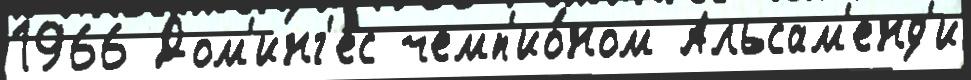
1966 Дом'инг'ес чемп'ио́ном Альсам'енд'и